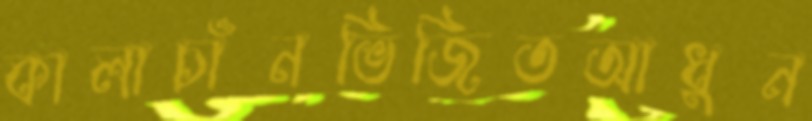
কালাচাঁনভিজিতআধুন